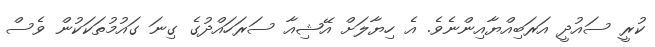
ކުރީ ސައުދީ އަރަބިއްޔާއިންނެވެ. އެ ހިޔާލަށް އޭޝިއާ ސަރަހައްދުގެ ގިނަ ގައުމުތަކަކުން ވެސް